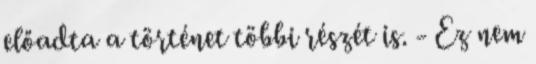
előadta a történet többi részét is. - Ez nem